Lunatic asylums Central Provinces reports 1886-1894 - 1886-1894
Year: 1886
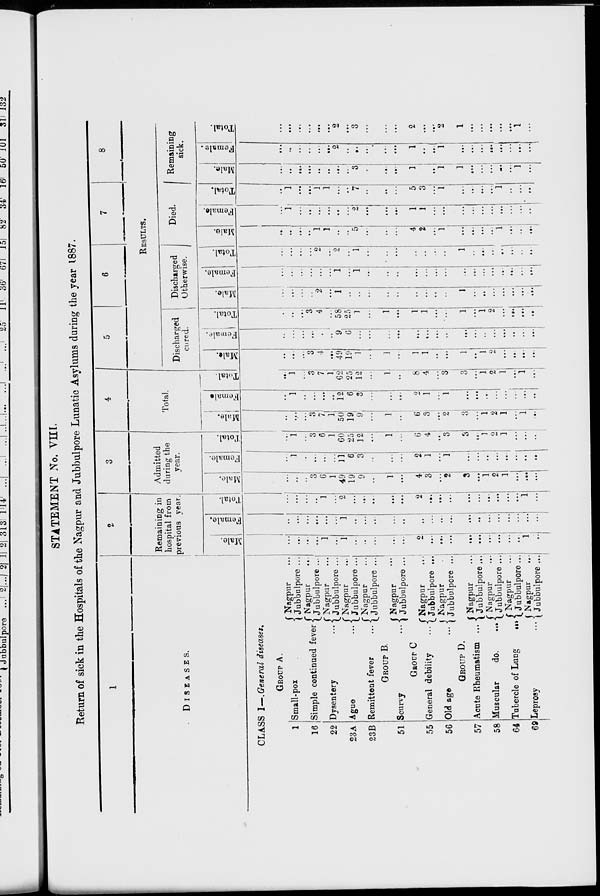
STATEMENT No. VIII.
Return of sick in the Hospitals of the Nagpur and Jubbulpore Lunatic Asylums during the year 1887.
1
DISEASES.
CLASS I—.General diseases.
GROUP A.
1
16
22
23 A
23 B
51
55
56
57
58
64
69
Small-pox
Simple continued fever
Dysentery ...
Ague ...
Remittent fever
...
Nagpur ...
Jubbulpore ...
Nagpur
...
Jubbulpore ...
Nagpur
Jubbulpore ...
Nagpur
...
Jubbulpore ...
Nagpur
Jubbulpore ...
GROUP B.
Scurvy ...
Nagpur
...
Jubbulpore ...
GROUP C
General debility
...
Old age
...
Nagpur ...
Jubbulpore ...
Nagpur
...
Jubbulpore ...
GROUP D.
Acute Rheumatism ...
Muscular
do.
...
Tubercle of Lung
...
Leprosy ...
Nagpur
...
Jubbulpore ...
Nagpur
...
Jubbulpore ...
Nagpur
...
Jubbulpore ...
Nagpur
...
Jubbulpore ...
2
Remaining in
hospital from
previous year.
Male.
...
...
...
...
1
...
1
...
...
...
...
...
2
...
...
...
...
...
...
...
...
...
1
...
Female.
...
...
...
...
...
...
1
...
...
...
...
...
...
...
...
...
...
...
...
...
...
...
...
...
Total.
...
...
...
...
1
...
2
...
...
...
...
...
2
...
...
...
...
...
...
...
...
...
1
...
3
Admitted
during the
year.
Male.
...
...
...
3
6
1
49
19
9
...
1
...
4
3
...
2
3
...
1
2
1
...
...
...
Female.
...
1
...
...
...
...
11
6
3
...
...
...
...
2
1
...
1
...
...
...
...
...
...
...
...
Total.
...
1
...
3
6
1
60
25
12
...
1
1 ...
6
4
...
3
3
...
1
2
1
...
...
...
4
Total.
Male.
...
...
...
...
7
1
50
19
9
...
1
...
6
3
...
2
3
...
1
2
1
...
1
...
Female
...
1
...
...
...
...
12
6
3
...
...
...
2
1
...
1
...
...
...
...
...
...
...
...
Total.
...
1
...
3
7
1
62
25
12
...
1
...
8
4
...
3
3
...
1
2
1
...
1
...
5
6
7
8
RESULTS.
Discharged
cured.
Male.
...
...
...
3
4
...
49
19
1
...
1
...
1
1
...
...
1
...
1
2
...
...
...
...
Female.
...
...
...
...
...
...
9
6
...
...
...
...
...
...
...
...
...
...
...
...
...
...
...
...
Total.
...
...
...
3
4
...
58
25
1
...
1
...
1
1
...
...
1
...
1
2
...
...
...
...
Discharged
Otherwise.
Male.
...
...
...
...
2
...
1
...
...
...
...
...
...
...
...
...
1
...
...
...
...
...
...
...
Female.
...
...
...
...
...
...
1
...
1
...
...
...
...
...
...
...
...
...
...
...
...
...
...
...
Total.
...
...
...
...
2
...
2
...
1
...
...
...
...
...
...
...
1
...
...
...
...
...
...
...
Died.
Male.
...
...
...
...
1
1
...
...
5
...
...
...
4
2
...
1
...
...
...
...
1
...
...
...
Female.
...
1
...
...
...
...
...
...
2
...
...
...
1
1
...
...
...
...
...
...
...
...
...
...
Total.
...
1
...
...
1
1
...
...
7
...
...
...
...
5
3
...
1
...
...
...
...
1
...
...
...
Remaining
sick.
Male.
...
...
...
...
...
...
...
1
3
...
...
...
...
1
...
...
1
1
...
...
...
...
...
1
...
Female.
...
...
...
...
...
...
2
...
...
...
...
...
...
1
...
...
1
...
...
...
...
...
...
...
...
Total.
...
...
...
...
...
...
2
...
3
...
...
...
...
2
...
...
2
1
...
...
...
...
...
1
...